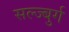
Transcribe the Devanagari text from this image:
सल्ज्बुर्ग